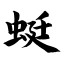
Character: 蜓